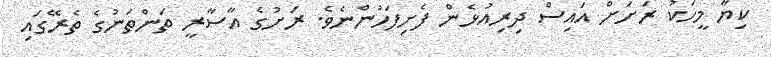
ކިޔާ މީހަކު ރަށަށް އައިސް ދިރިއުޅެން ފެށިފަހުންނެވެ. ރަށުގެ އާސާރީ ތަންތަނުގެ ތެރޭގައި